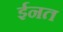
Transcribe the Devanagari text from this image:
ईनत